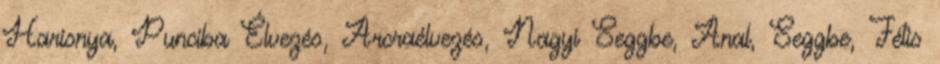
Harisnya, Punciba Élvezés, Arcraélvezés, Nagyi Seggbe, Anal, Seggbe, Fétis